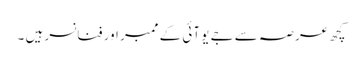
کچھ عرصہ سے جے یو آئی کے ممبر اور فنانسر ہیں ۔